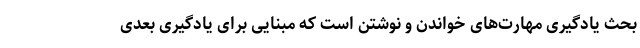
بحث یادگیری مهارت‌های خواندن و نوشتن است که مبنایی برای یادگیری بعدی